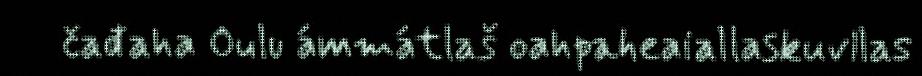
čađaha Oulu ámmátlaš oahpaheaiallaskuvllas